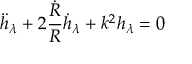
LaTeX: \ddot { h } _ { \lambda } + 2 { \frac { \dot { R } } { R } } \dot { h } _ { \lambda } + k ^ { 2 } h _ { \lambda } = 0